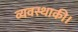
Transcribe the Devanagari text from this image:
व्यवस्थाकी।